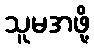
သူမအဖို့